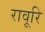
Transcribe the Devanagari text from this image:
रावूरि